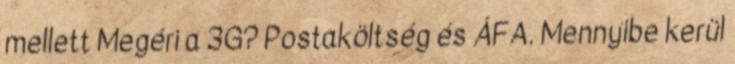
mellett Megéri a 3G? Postaköltség és ÁFA. Mennyibe kerül